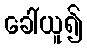
ခေါ်ယူ၍